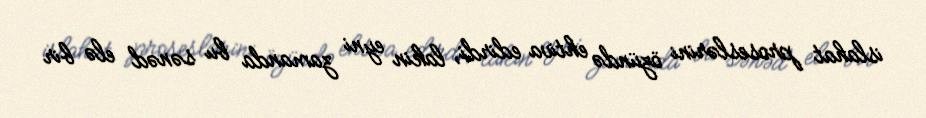
islahat proseslərini özündə ehtiva edirdi, lakin eyni zamanda bu sənəd elə bir